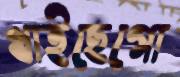
খাইছেগো